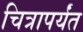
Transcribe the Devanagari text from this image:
चित्रापर्यंत